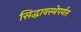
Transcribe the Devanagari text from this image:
सिद्धावस्थेपर्यंत